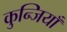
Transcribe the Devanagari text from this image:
कुन्जियाँ